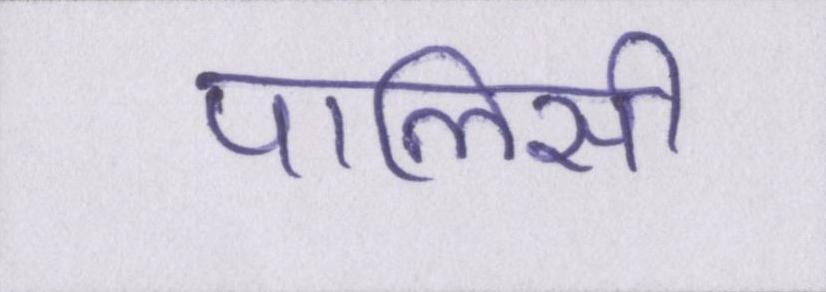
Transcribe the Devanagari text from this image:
पालिसी